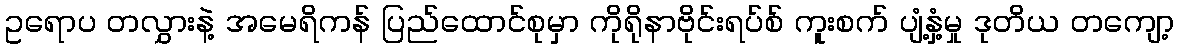
ဥရောပ တလွှားနဲ့ အမေရိကန် ပြည်ထောင်စုမှာ ကိုရိုနာဗိုင်းရပ်စ် ကူးစက် ပျံ့နှံ့မှု ဒုတိယ တကျော့